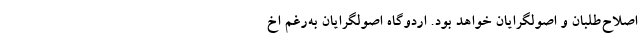
اصلاح‌طلبان و ‌اصولگرایان خواهد بود. اردوگاه اصولگرایان به‌رغم اخ